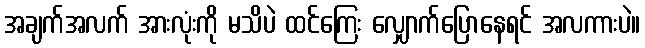
အချက်အလက် အားလုံးကို မသိပဲ ထင်ကြေး လျှောက်ပြောနေရင် အလကားပဲ။